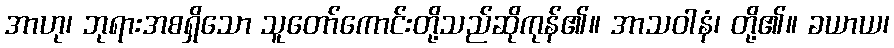
အာဟု၊ ဘုရားအစရှိသော သူတော်ကောင်းတို့သည်ဆိုကုန်၏။ အာသဝါနံ၊ တို့၏။ ခယာယ၊